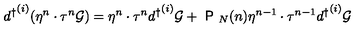
{ d ^ { \dagger } } ^ { ( i ) } ( \eta ^ { n } \cdot \tau ^ { n } { \cal { G } } ) = \eta ^ { n } \cdot \tau ^ { n } { d ^ { \dagger } } ^ { ( i ) } { \cal { G } } + { \textsf { P } } _ { N } ( n ) \eta ^ { n - 1 } \cdot \tau ^ { n - 1 } { d ^ { \dagger } } ^ { ( i ) } { \cal { G } }